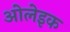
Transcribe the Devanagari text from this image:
ओलेइक